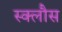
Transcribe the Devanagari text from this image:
स्क्लौस